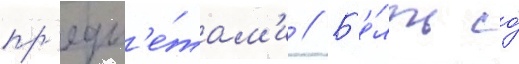
пр'едм'е́там'и // Б'е́лль со́